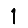
Digit: 1